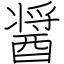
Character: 醤